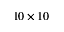
1 0 \times 1 0